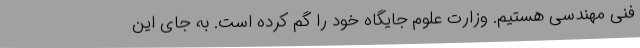
فنی مهندسی هستیم. وزارت علوم جایگاه خود را گم کرده است. به جای این